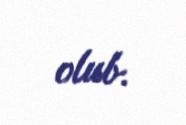
olub.